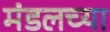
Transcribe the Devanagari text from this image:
मंडलच्या